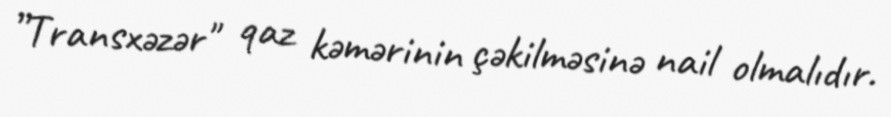
”Transxəzər" qaz kəmərinin çəkilməsinə nail olmalıdır.